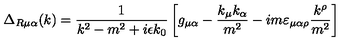
\Delta _ { R \mu \alpha } ( k ) = \frac { 1 } { k ^ { 2 } - m ^ { 2 } + i \epsilon k _ { 0 } } \left[ g _ { \mu \alpha } - \frac { k _ { \mu } k _ { \alpha } } { m ^ { 2 } } - i m \varepsilon _ { \mu \alpha \rho } \frac { k ^ { \rho } } { m ^ { 2 } } \right]